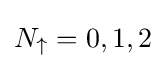
N_{\uparrow }=0,1,2